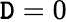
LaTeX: \mathtt{D}=0